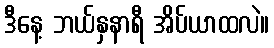
ဒီနေ့ ဘယ်နှနာရီ အိပ်ယာထလဲ။